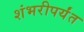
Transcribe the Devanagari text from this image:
शंभरीपर्यंत